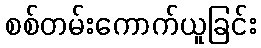
စစ်တမ်းကောက်ယူခြင်း